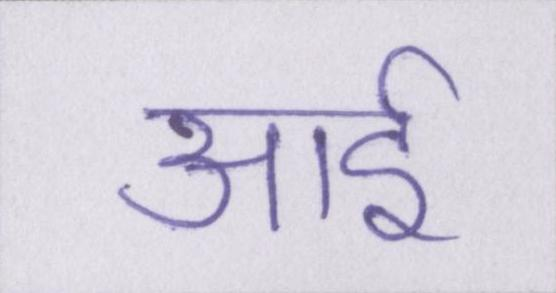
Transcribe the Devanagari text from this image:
आई